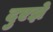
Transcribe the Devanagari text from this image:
दुएझे